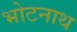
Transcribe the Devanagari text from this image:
भोटनाथ